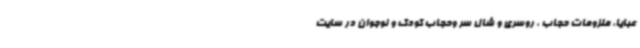
عبایا، ملزومات حجاب ، روسری و شال سر وحجاب کودک و نوجوان در سایت